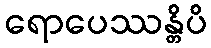
ရောပေဿန္တိပိ